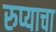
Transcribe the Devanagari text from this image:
रुप्याचा